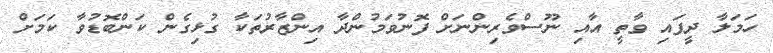
ހަމަލާ ދީފައި ވާތީ އާއި ނޫސްވެރިންނަށް ފޮނުވަމުންދާ އިންޒާރުތަކާ ގުޅިގެން ކަންބޮޑުވާ ކަމަށް